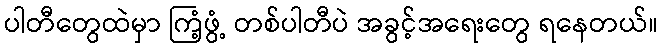
ပါတီတွေထဲမှာ ကြံ့ဖွံ့ တစ်ပါတီပဲ အခွင့်အရေးတွေ ရနေတယ်။